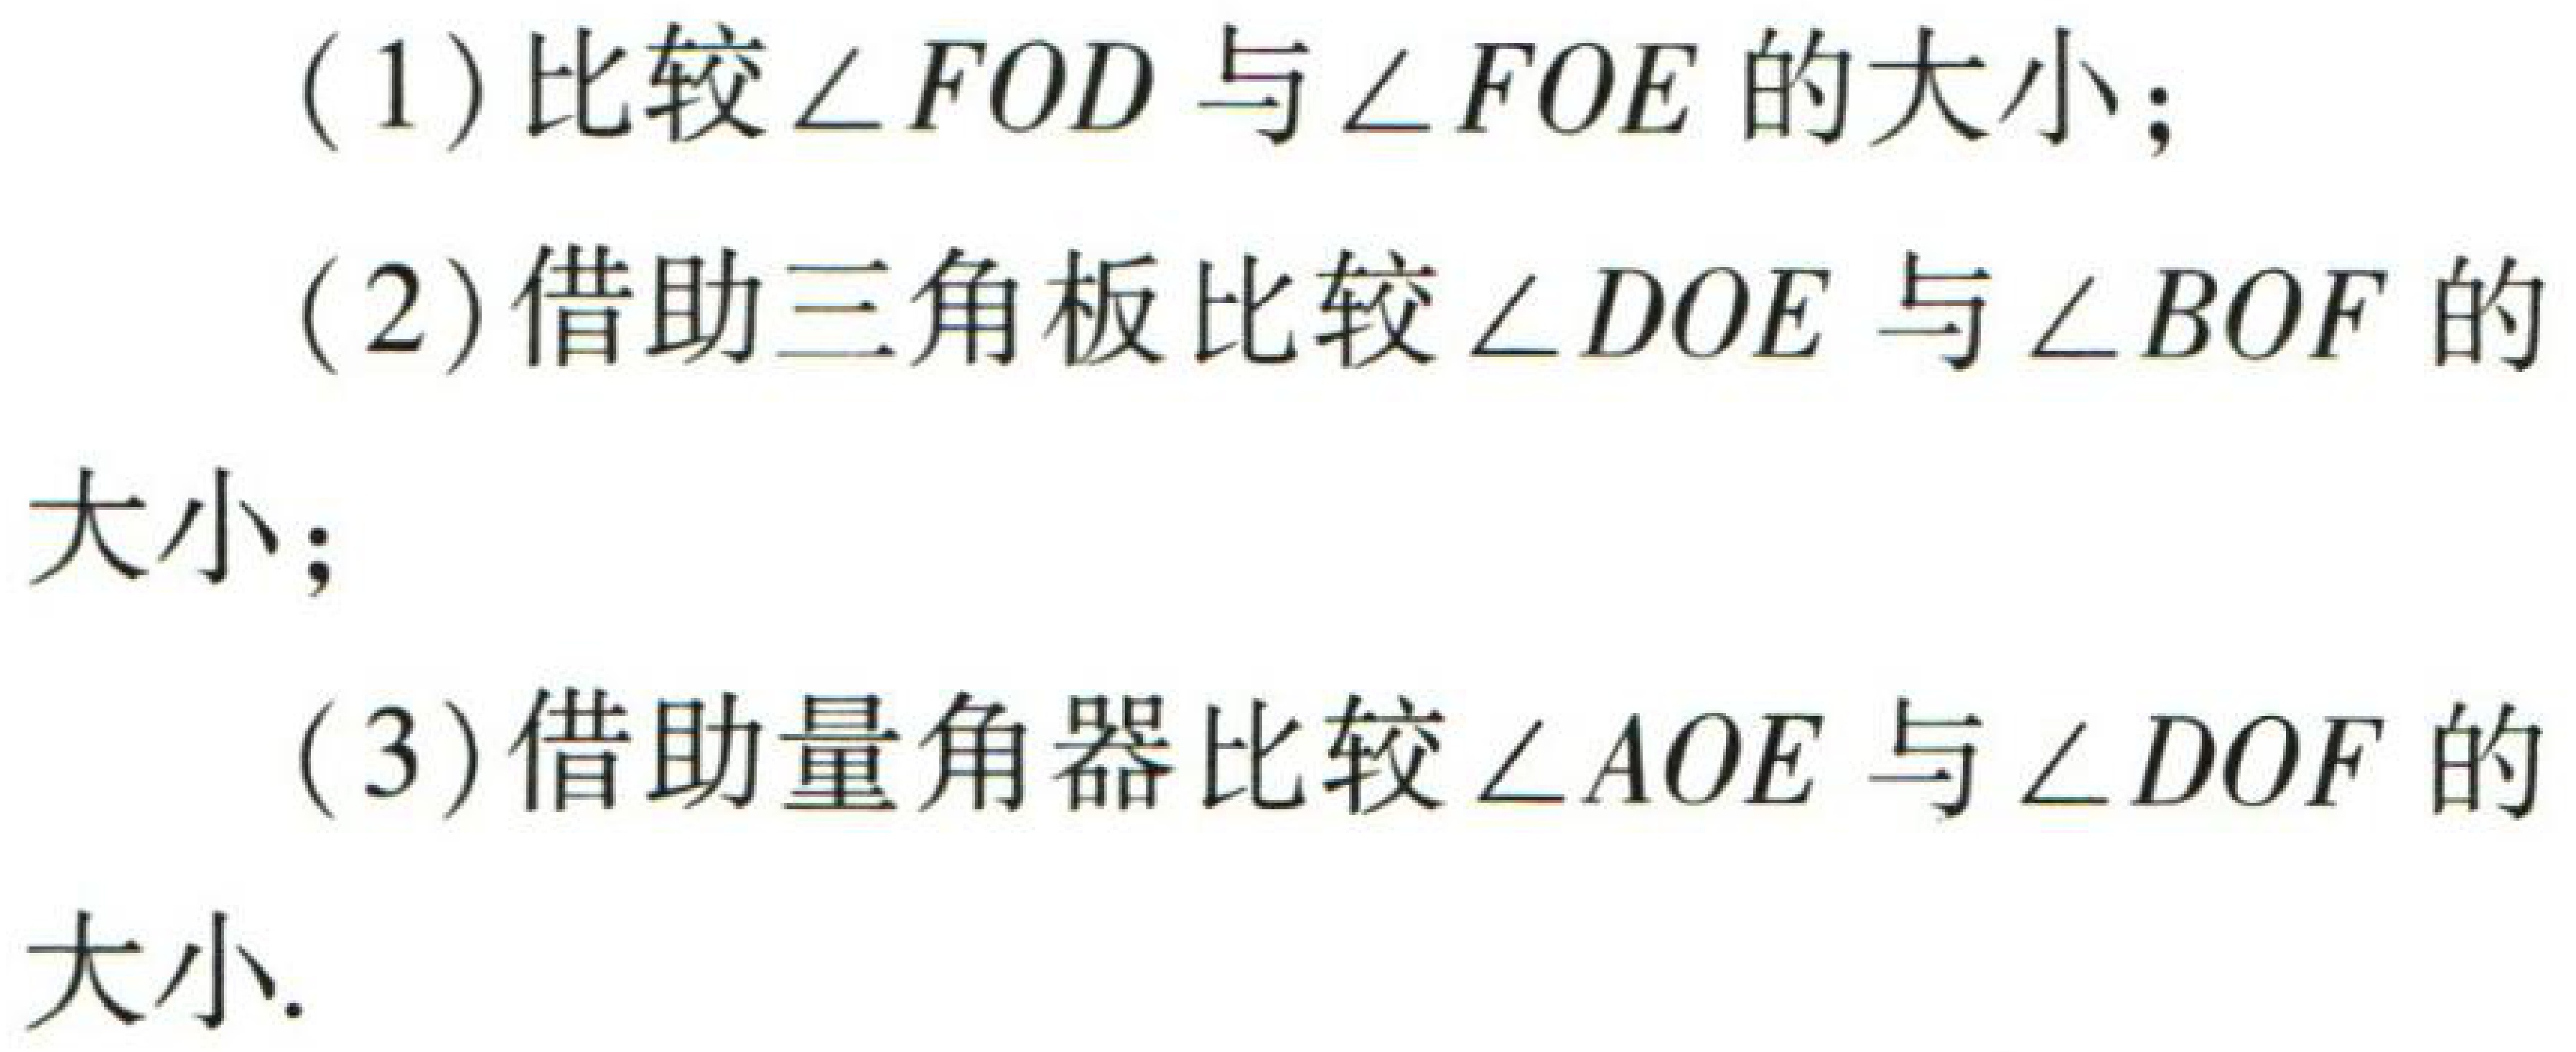
(1)比较\(\angle FOD\)与\(\angle FOE\)的大小；

(2)借助三角板比较\(\angle DOE\)与\(\angle BOF\)的大小；

(3)借助量角器比较\(\angle AOE\)与\(\angle DOF\)的大小.